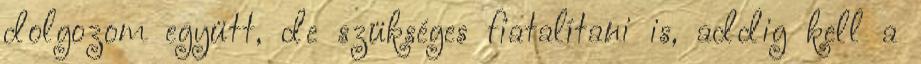
dolgozom együtt, de szükséges fiatalítani is, addig kell a